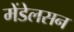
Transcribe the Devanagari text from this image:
मेंडेलसन